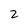
Character: 2